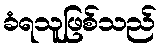
ခံရသူဖြစ်သည်